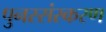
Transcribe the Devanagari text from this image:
पुनस्संस्करण